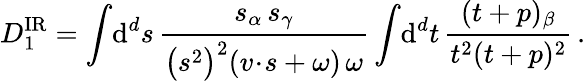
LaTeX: D_{1}^{\mathrm{IR}}=\int\! \mathrm{d}^{d}s\, \frac{s_{\alpha}\, s_{\gamma}}{\big(s^{2}\big)^{2}(v\! \cdot\! s+\omega)\, \omega}\int\! \mathrm{d}^{d}t\, \frac{(t+p)_{\beta}}{t^{2}(t+p)^{2}}\, .